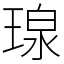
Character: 瑔